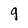
Character: 9